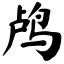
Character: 鸬